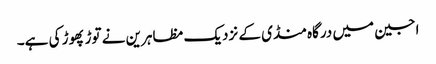
اجین میں درگاہ منڈی کے نزدیک مظاہرین نے توڑ پھوڑ کی ہے۔